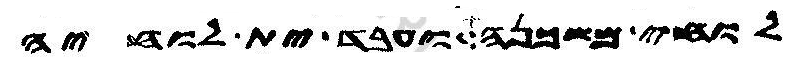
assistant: לוחי משכנה ועבד ית לוחיה